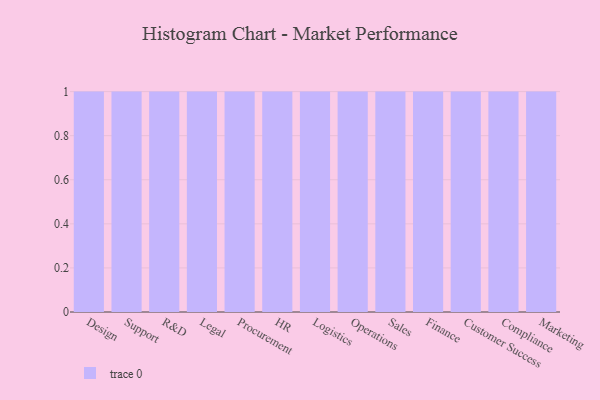
{"axis": {"x": "Department", "y": "Backlog"}, "legend": [""], "data": [{"x": "Design", "y": 51, "type": ""}, {"x": "Support", "y": 77, "type": ""}, {"x": "R&D", "y": 97, "type": ""}, {"x": "Legal", "y": 3, "type": ""}, {"x": "Procurement", "y": 52, "type": ""}, {"x": "HR", "y": 94, "type": ""}, {"x": "Logistics", "y": 52, "type": ""}, {"x": "Operations", "y": 40, "type": ""}, {"x": "Sales", "y": 93, "type": ""}, {"x": "Finance", "y": 95, "type": ""}, {"x": "Customer Success", "y": 95, "type": ""}, {"x": "Compliance", "y": 34, "type": ""}, {"x": "Marketing", "y": 48, "type": ""}]}